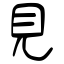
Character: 見